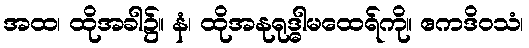
အထ၊ ထိုအခါ၌။ နံ၊ ထိုအနုရုဒ္ဓါမထေရ်ကို။ ဧကဒိဝသံ၊